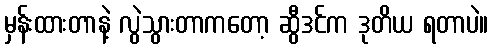
မှန်းထားတာနဲ့ လွဲသွားတာကတော့ ဆွီဒင်က ဒုတိယ ရတာပဲ။